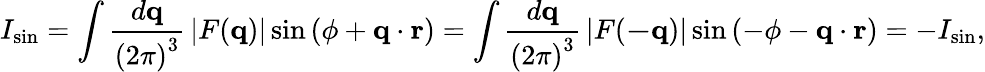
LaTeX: I_{\sin}=\int{\frac{d\mathbf{q}}{\left(2\pi\right)^{3}}}\left|F(\mathbf{q})\right|\sin\left(\phi+\mathbf{q}\cdot\mathbf{r}\right)=\int{\frac{d\mathbf{q}}{\left(2\pi\right)^{3}}}\left|F(\mathbf{-q})\right|\sin\left(-\phi-\mathbf{q}\cdot\mathbf{r}\right)=-I_{\sin},